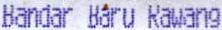
BANDAR BARU RAWANG